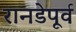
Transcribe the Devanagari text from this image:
रानडेपूर्व